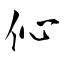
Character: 伈